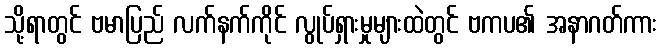
သို့ရာတွင် ဗမာပြည် လက်နက်ကိုင် လွုပ်ရှားမှုများထဲတွင် ဗကပ၏ အနာဂတ်ကား